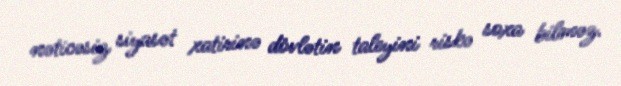
nəticəsiz siyasət xatirinə dövlətin taleyini riskə soxa bilməz.